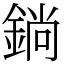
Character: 鋿